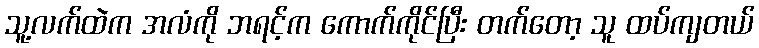
သူ့လက်ထဲက အလံကို ဘရင့်က ကောက်ကိုင်ပြီး တက်တော့ သူ ထပ်ကျတယ်